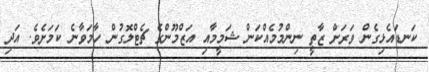
ކަނޑައެޅިގެން ވަަރަށް ޒާތީ ނިންމުމެއްކަން ޝަމީމާއި އަޒްމޫންގެ ޗެޓްލޮގުން ހާމަވާނެ ކަަމަށެވެ. އަދި